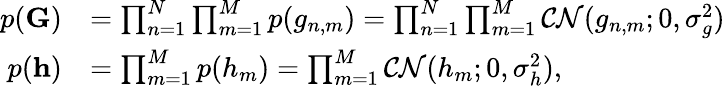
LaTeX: \begin{array}{rl}{p({\mathbf G})}&{=\prod_{n=1}^{N}\prod_{m=1}^{M}p(g_{n,m})=\prod_{n=1}^{N}\prod_{m=1}^{M}\mathcal{CN}(g_{n,m};0,\sigma_{g}^{2})}\\ {p({\mathbf h})}&{=\prod_{m=1}^{M}p(h_{m})=\prod_{m=1}^{M}\mathcal{CN}(h_{m};0,\sigma_{h}^{2}),}\end{array}